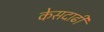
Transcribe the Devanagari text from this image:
केसदाढी